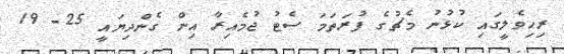
ރިހިވެލީގައި ކުޅުނު މެޗުގެ ފުރަތަމަ ސެޓު ޖުމެއިރާ އިން ގެންދިޔައީ 25- 19